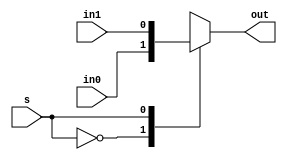
// Justin Liang
// ECE 154A
// 2 to 1 multiplexer, structural implementation
// Used for regfile

module mux_2_1_structural(out, in0, in1, s);
  
	output out;
	input in0, in1, s;
	reg out;
	always @ (s or in0 or in1)
	begin
		case(s)
			1'b0: out = in0;
			1'b1: out = in1;
		endcase
	end
	
endmodule